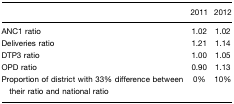
|  | 2011 | 2012 |
 | --- | --- | --- |
 | ANC1 ratio | 1.02 | 1.02 |
 | Deliveries ratio | 1.21 | 1.14 |
 | DTP3 ratio | 1.00 | 1.05 |
 | OPD ratio | 0.90 | 1.13 |
 | Proportion of district with 33% difference between their ratio and national ratio | 0% | 10% |